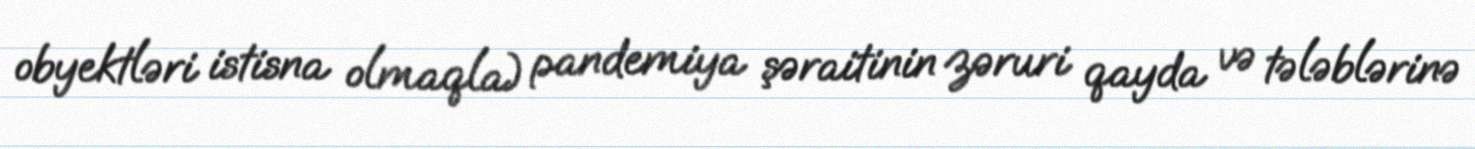
obyektləri istisna olmaqla) pandemiya şəraitinin zəruri qayda və tələblərinə